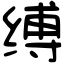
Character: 缚